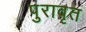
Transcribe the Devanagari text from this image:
पुरावृत